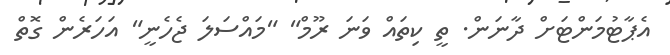
އެޕާޓުމަންޓަށް ދާނަން. ތީ ކިތައް ވަނަ ރޫމް" "މައްސަލަ ޖެހެނީ" އަހަރެން ގޮތް